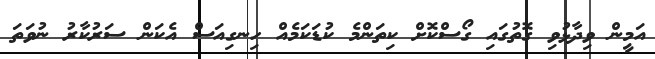
އަމީން ވިދާޅުވި ގޮތުގައި ގޯސްކޮށް ކިތަންމެ ކުޑަކަމެއް ހިނގިއަސް އެކަން ސަރުކާރު ނުވަތަ